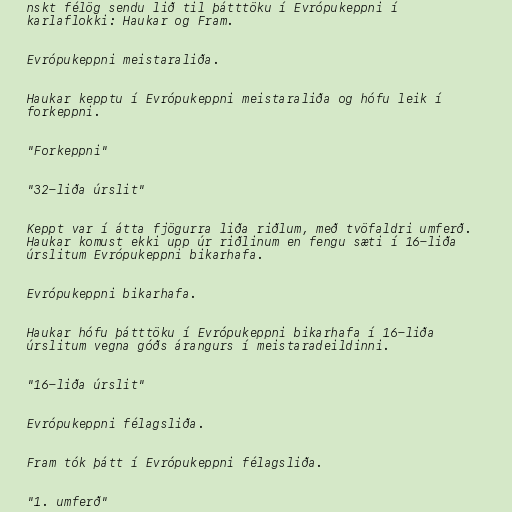
nskt félög sendu lið til þátttöku í Evrópukeppni í
karlaflokki: Haukar og Fram.

Evrópukeppni meistaraliða.

Haukar kepptu í Evrópukeppni meistaraliða og hófu leik í
forkeppni.

"Forkeppni"

"32-liða úrslit"

Keppt var í átta fjögurra liða riðlum, með tvöfaldri umferð.
Haukar komust ekki upp úr riðlinum en fengu sæti í 16-liða
úrslitum Evrópukeppni bikarhafa.

Evrópukeppni bikarhafa.

Haukar hófu þátttöku í Evrópukeppni bikarhafa í 16-liða
úrslitum vegna góðs árangurs í meistaradeildinni.

"16-liða úrslit"

Evrópukeppni félagsliða.

Fram tók þátt í Evrópukeppni félagsliða.

"1. umferð"